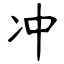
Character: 冲